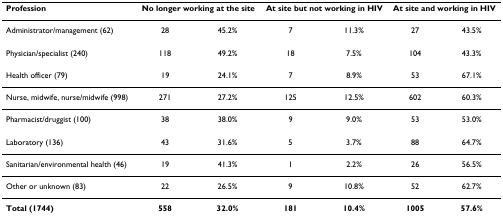
| Profession | <COLSPAN=2> No longer working at the site | <COLSPAN=2> At site but not working in HIV | <COLSPAN=2> At site and working in HIV |
 | --- | --- | --- | --- | --- | --- | --- |
 | Administrator/management (62) | 28 | 45.2% | 7 | 11.3% | 27 | 43.5% |
 | Physician/specialist (240) | 118 | 49.2% | 18 | 7.5% | 104 | 43.3% |
 | Health officer (79) | 19 | 24.1% | 7 | 8.9% | 53 | 67.1% |
 | Nurse, midwife, nurse/midwife (998) | 271 | 27.2% | 125 | 12.5% | 602 | 60.3% |
 | Pharmacist/druggist (100) | 38 | 38.0% | 9 | 9.0% | 53 | 53.0% |
 | Laboratory (136) | 43 | 31.6% | 5 | 3.7% | 88 | 64.7% |
 | Sanitarian/environmental health (46) | 19 | 41.3% | 1 | 2.2% | 26 | 56.5% |
 | Other or unknown (83) | 22 | 26.5% | 9 | 10.8% | 52 | 62.7% |
 | Total (1744) | 558 | 32.0% | 181 | 10.4% | 1005 | 57.6% |